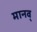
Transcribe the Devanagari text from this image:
मानव्